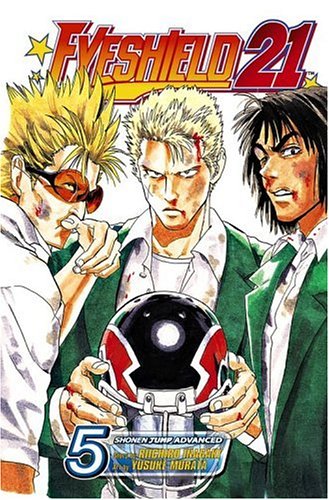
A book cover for Eyeshield 21, Vol. 5; Riichiro Inagaki; Comics & Graphic Novels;